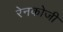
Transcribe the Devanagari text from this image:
रेनकोजी